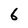
Character: 6